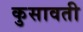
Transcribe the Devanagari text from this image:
कुसावती